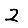
Digit: 2